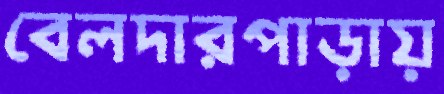
বেলদারপাড়ায়